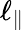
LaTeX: \ell_{\parallel}